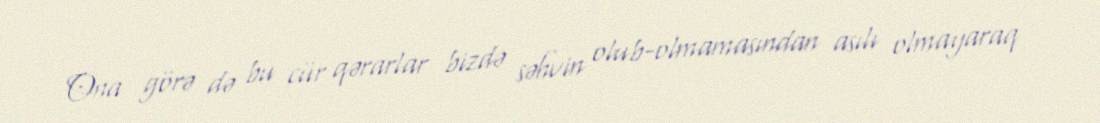
Ona görə də bu cür qərarlar bizdə səhvin olub-olmamasından asılı olmayaraq